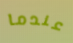
عندما